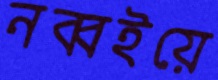
নব্বইয়ে